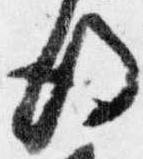
後